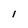
Character: 1